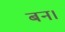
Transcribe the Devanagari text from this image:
बन।